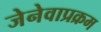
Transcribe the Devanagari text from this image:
जेनेवाप्रक्रम